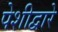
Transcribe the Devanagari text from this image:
पेशीद्वारे